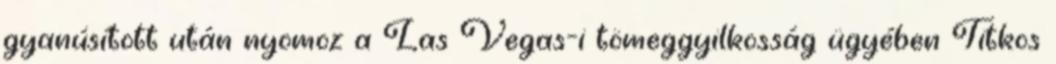
gyanúsított után nyomoz a Las Vegas-i tömeggyilkosság ügyében Titkos